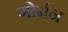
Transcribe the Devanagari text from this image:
गोर्मन